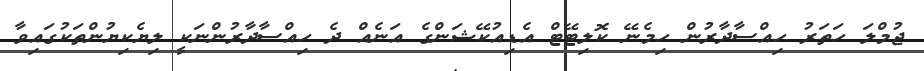
ޖުމްލަ ހަތަރު ހިއްސާދާރުން ހިމެނޭ ކޮލިޓޭޓް އެޑިއުކޭޝަންގެ އަނެއް ދެ ހިއްސާދާރުންނަކީ ލިޔެކިޔުންތަކުގައިވާ